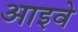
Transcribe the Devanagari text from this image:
आइवे